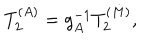
T _ { 2 } ^ { ( A ) } = g _ { A } ^ { - 1 } T _ { 2 } ^ { ( M ) } ,